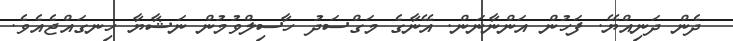
ދެން ދަނިއްޔޭ. ފަހުން އަންނާނަން. އޭނާގެ މަގްސަދު ހާސިލްވުމުން ނަޝާޔާ ހިނގައްޖެއެވެ.